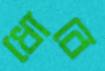
ধোবে